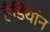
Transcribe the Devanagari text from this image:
हैडियांन